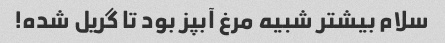
سلام بیشتر شبیه مرغ آبپز بود تا گریل شده!